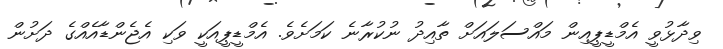
ވިދާޅުވީ އެމްޑީޕީއިން މައްސަލައަށް ތާއިދު ނުކުރާނެ ކަމަށެވެ. އެމްޑީޕީއަކީ ވަކި އެޖެންޑާއެއްގެ ދަށުން